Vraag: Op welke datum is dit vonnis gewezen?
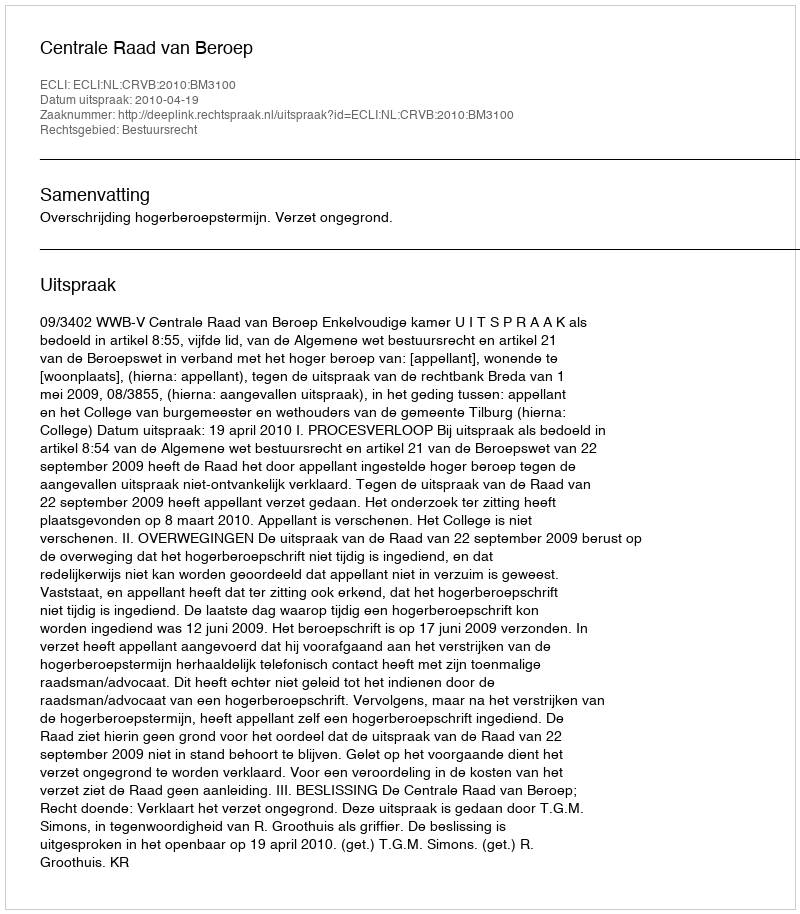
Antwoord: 2010-04-19